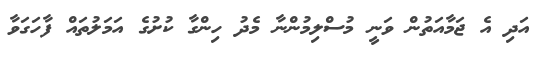
އަދި އެ ޖަމާއަތުން ވަނީ މުސްލިމުންނާ މެދު ހިންގާ ކުށުގެ އަމަލުތައް ފާހަގަވާ